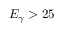
E _ { \gamma } > 2 5